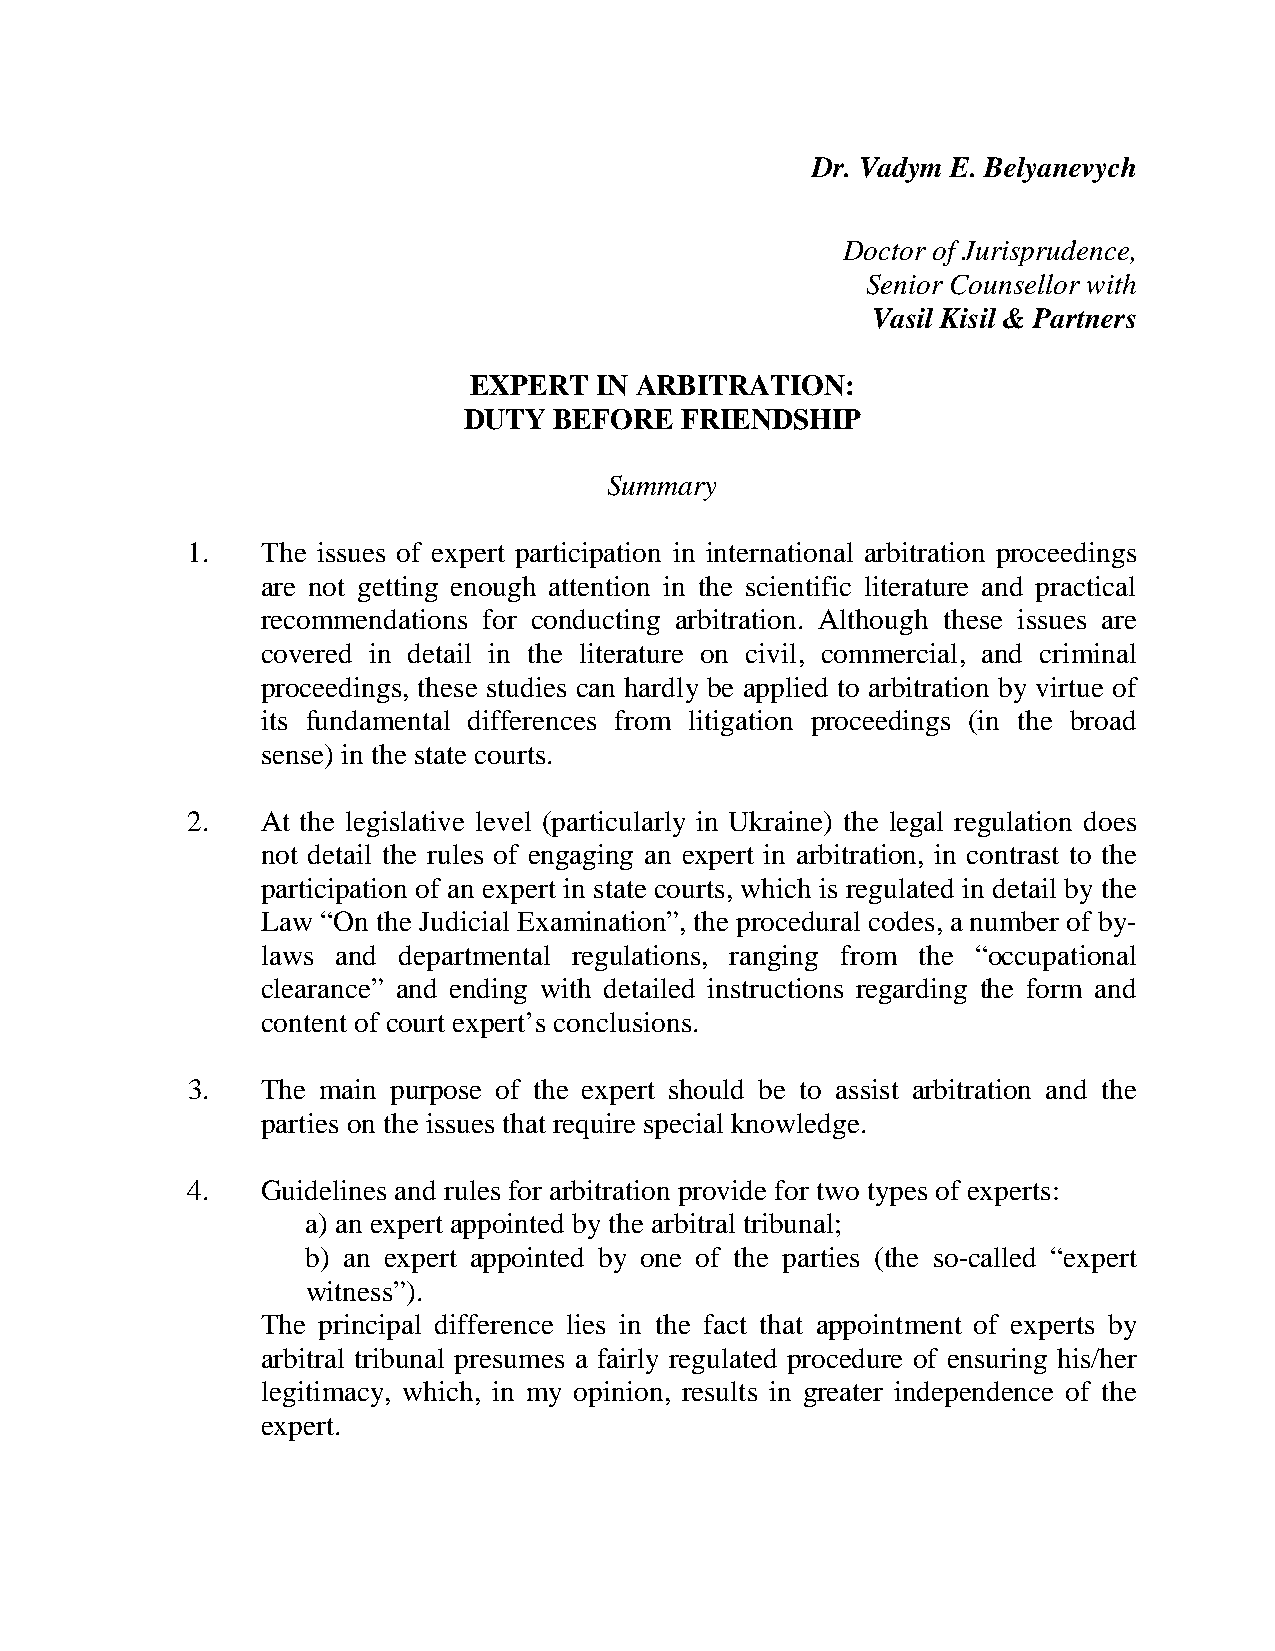
Dr. Vadym E. Belyanevych
 Doctor of Jurisprudence,
 Senior Counsellor with
 Vasil Kisil & Partners
 EXPERT  IN ARBITRATION:
 DUTY  BEFORE  FRIENDSHIP
 Summary
 1.   The issues of expert participation in international arbitration proceedings
 are not getting enough attention in the scientific literature and practical
 recommendations for conducting arbitration. Although these issues are
 covered in detail in the literature on civil, commercial, and criminal
 proceedings, these studies can hardly be applied to arbitration by virtue of
 its fundamental differences from litigation proceedings (in the broad
 sense) in the state courts.
 2.   At the legislative level (particularly in Ukraine) the legal regulation does
 not detail the rules of engaging an expert in arbitration, in contrast to the
 participation of an expert in state courts, which is regulated in detail by the
 Law “On the Judicial Examination”, the procedural codes, a number of by-
 laws and departmental regulations, ranging from the “occupational
 clearance” and ending with detailed instructions regarding the form and
 content of court expert’s conclusions.
 3.   The main purpose of the expert should be to assist arbitration and the
 parties on the issues that require special knowledge.
 4.   Guidelines and rules for arbitration provide for two types of experts:
 a) an expert appointed by the arbitral tribunal;
 b) an expert appointed by one of the parties (the so-called “expert
 witness”).
 The principal difference lies in the fact that appointment of experts by
 arbitral tribunal presumes a fairly regulated procedure of ensuring his/her
 legitimacy, which, in my opinion, results in greater independence of the
 expert.